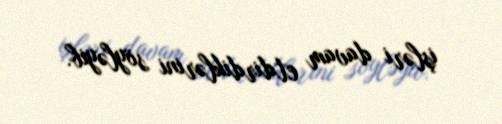
işləri davam etdirdiklərini söyləyib.